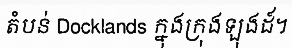
តំបន់ Docklands ក្នុងក្រុងឡុងដ៍។